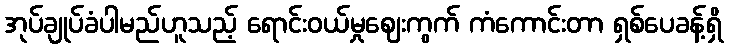
အုပ်ချုပ်ခံပါမည်ဟူသည့် ရောင်းဝယ်မှုဈေးကွက် ကံကောင်းတာ ရှစ်ပေခန့်ရှိ